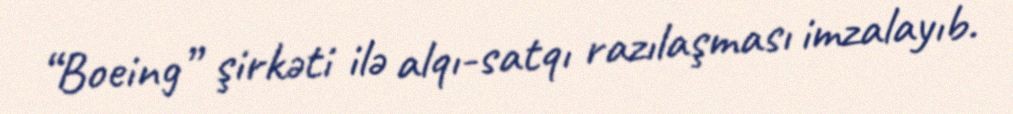
“Boeing” şirkəti ilə alqı-satqı razılaşması imzalayıb.